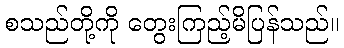
စသည်တို့ကို တွေးကြည့်မိပြန်သည်။